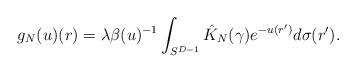
LaTeX: \begin{align*} g_N (u) (r) = \lambda \beta (u)^{- 1} \int_{S^{D - 1}} \hat{K}_N (\gamma) e^{- u (r')} d \sigma (r') . \end{align*}